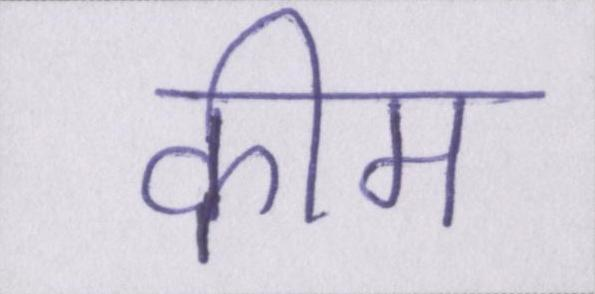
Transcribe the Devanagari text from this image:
कीम